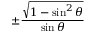
\pm { \frac { \sqrt { 1 - \sin ^ { 2 } \theta } } { \sin \theta } }